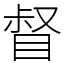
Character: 督